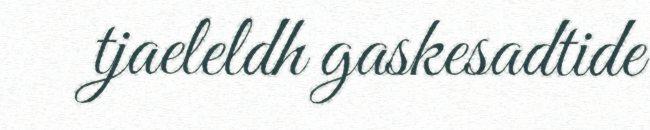
tjaeleldh gaskesadtide